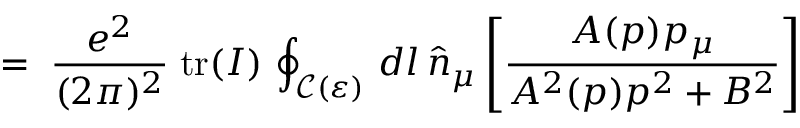
\; = \; \frac { e ^ { 2 } } { ( 2 \pi ) ^ { 2 } } \; \mathrm { t r } ( I ) \, \oint _ { { \mathcal C } ( \varepsilon ) } \, d l \, { \hat { n } } _ { \mu } \left[ \frac { A ( p ) p _ { \mu } } { A ^ { 2 } ( p ) p ^ { 2 } + B ^ { 2 } } \right]